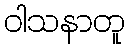
ဝါသနာတူ